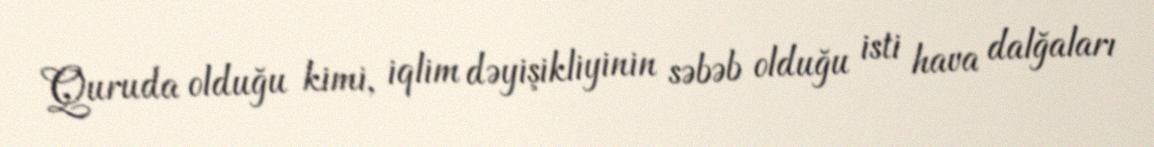
Quruda olduğu kimi, iqlim dəyişikliyinin səbəb olduğu isti hava dalğaları